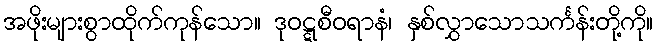
အဖိုးများစွာထိုက်ကုန်သော။ ဒုဝဋ္ဋစီဝရာနံ၊ နှစ်လွှာသောသင်္ကန်းတို့ကို။